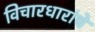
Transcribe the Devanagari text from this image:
विचारधारांचे